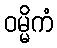
ဝမ္မိကံ